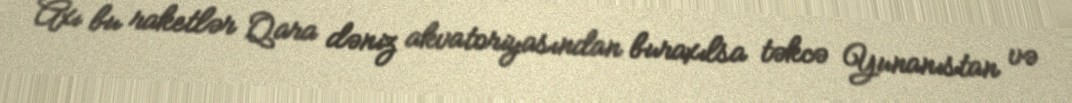
Axı bu raketlər Qara dəniz akvatoriyasından buraxılsa təkcə Yunanıstan və